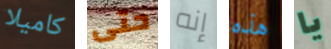
كاميلا حتى إنه هذه يا